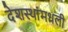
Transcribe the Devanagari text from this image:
देशस्थांमधली